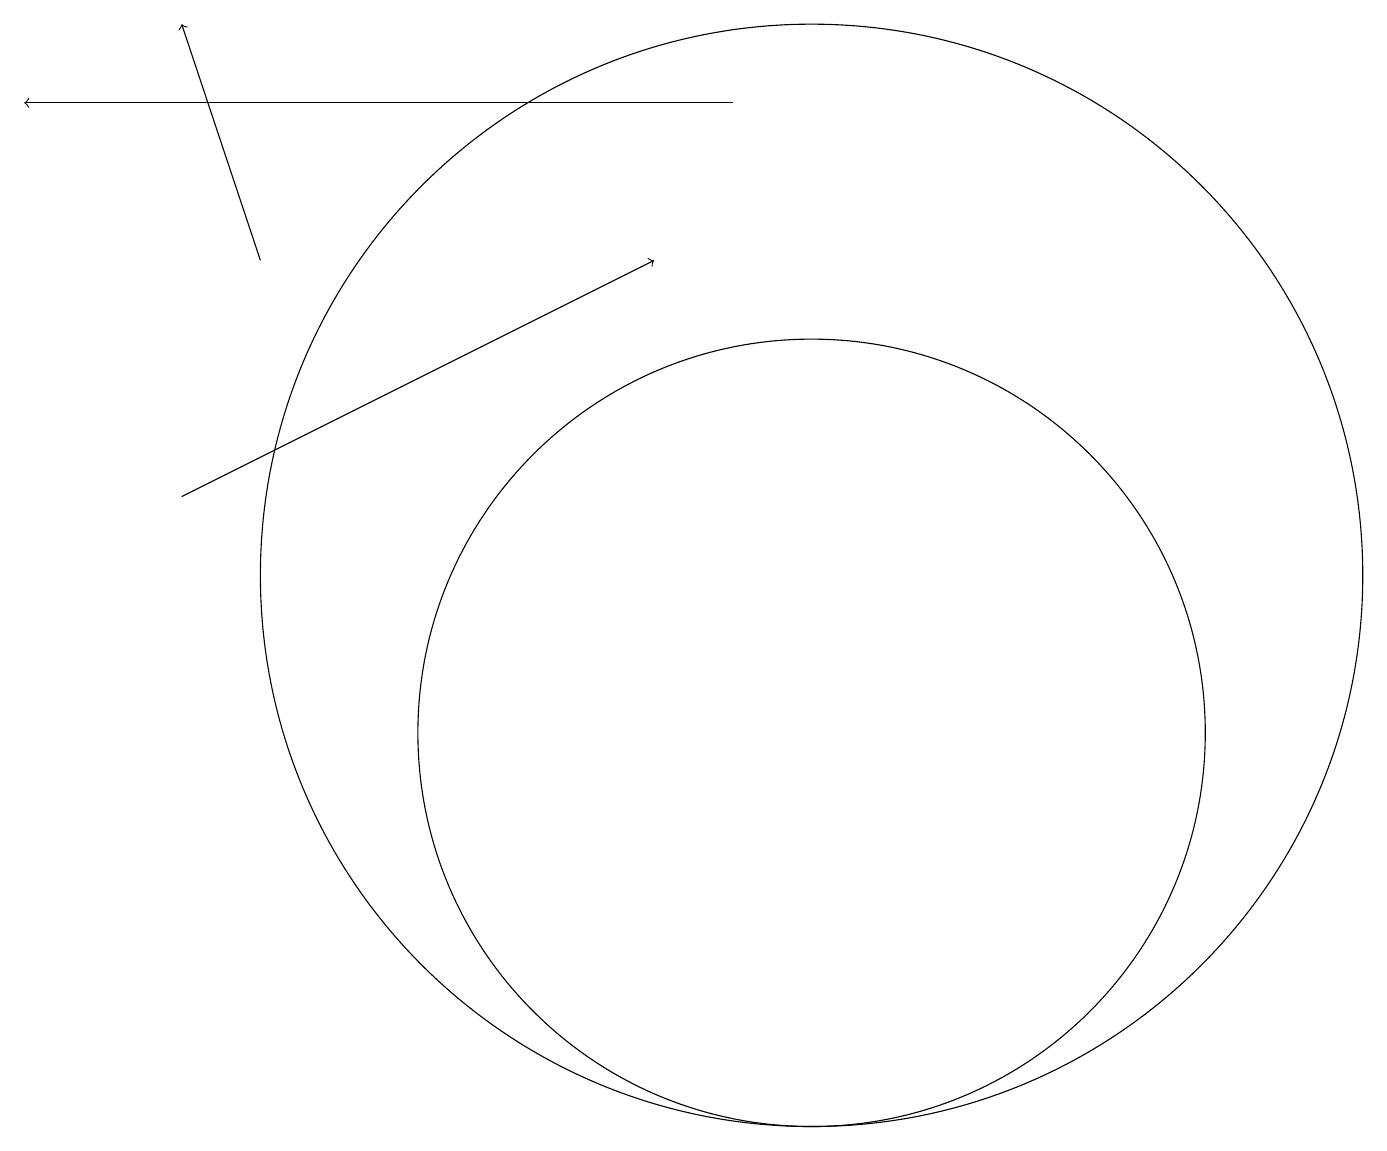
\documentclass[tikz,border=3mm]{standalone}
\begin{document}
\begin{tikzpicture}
\draw[->] (2,13) -- (8,16);
\draw (10,10) circle (5);
\draw[->] (9,18) -- (0,18);
\draw[->] (3,16) -- (2,19);
\draw (10,12) circle (7);
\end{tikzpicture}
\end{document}